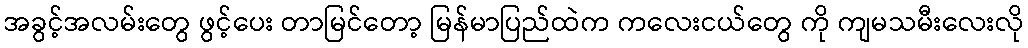
အခွင့်အလမ်းတွေ ဖွင့်ပေး တာမြင်တော့ မြန်မာပြည်ထဲက ကလေးငယ်တွေ ကို ကျမသမီးလေးလို